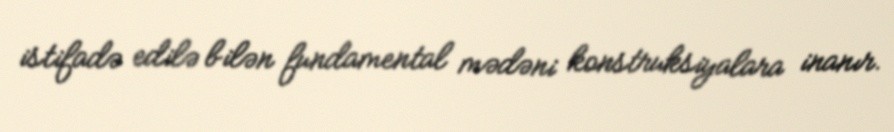
istifadə edilə bilən fundamental mədəni konstruksiyalara inanır.